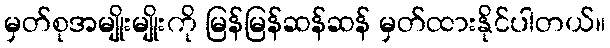
မှတ်စုအမျိုးမျိုးကို မြန်မြန်ဆန်ဆန် မှတ်ထားနိုင်ပါတယ်။